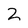
Character: 2